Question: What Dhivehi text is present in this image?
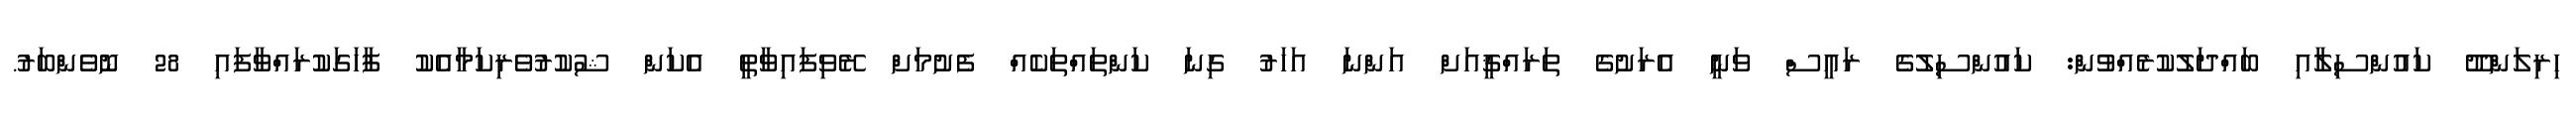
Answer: ހިރިލަންދޫ ކައުންސިލާއި ބައްދަލުކުރެއްވުން: ކައުންސިލުގެ ރައީސް ވަނީ އެރަށުގެ ތަރައްޤީއަށް އަންނަ އަހަރު ގިނަ ކަންތައްތަކެއް ފެށުމަށް ރޭވިފައިވާތީ އެކަން ޝުކުރުވެރިކަމާއެކު ފާހަގަކުރައްވާފައި 28 ނޮވެންބަރު.